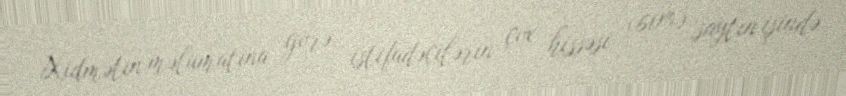
Xidmətin məlumatına görə, istifadəçilərin çox hissəsi (60%) saytın işində